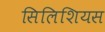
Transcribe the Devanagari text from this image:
सिलिशियस